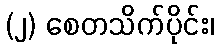
(၂) စေတသိက်ပိုင်း၊